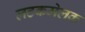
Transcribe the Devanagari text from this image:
लटकमेलक